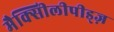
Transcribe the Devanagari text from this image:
मैक्सीिलीपीड्ज़